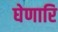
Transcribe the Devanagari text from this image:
घेणारि